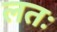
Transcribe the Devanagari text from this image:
लतः